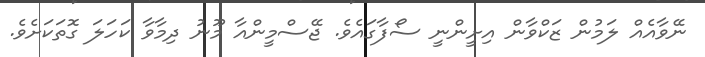
ނޭވާއެއް ލަމުން ޒަކްވާން އިށީންނީ ސޯފާގައެވެ. ޖޭސްމީންއާ މޫނު ދިމާވާ ކަހަލަ ގޮތަކަށެވެ.